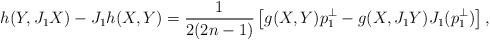
LaTeX: \begin{align*}h(Y,J_1X)-J_1h(X,Y)=\frac{1}{2(2n-1)}\left[g(X,Y)p^\bot_1-g(X,J_1Y)J_1(p^\bot_1)\right] ,\end{align*}